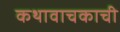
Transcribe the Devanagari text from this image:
कथावाचकाची